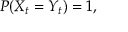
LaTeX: P ( X _ { t } = Y _ { t } ) = 1 ,